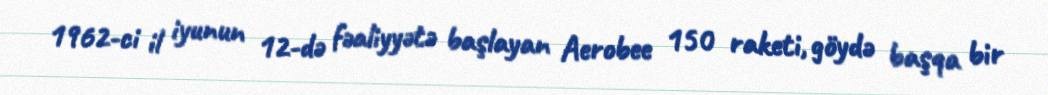
1962-ci il iyunun 12-də fəaliyyətə başlayan Aerobee 150 raketi, göydə başqa bir